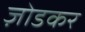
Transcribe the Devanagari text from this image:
ज़ोडकर